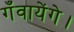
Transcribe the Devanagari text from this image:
गँवायेंगे।